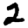
Digit: 2